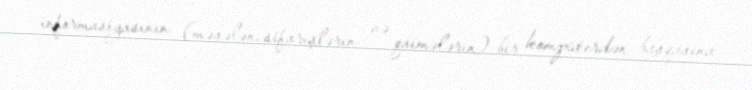
informasiyasının (məsələn, sifarişlərin və qaimələrin) bir kompüterdən başqasına